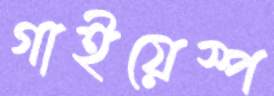
গাইয়েস্প